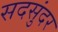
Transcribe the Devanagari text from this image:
सदसुंदर